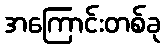
အကြောင်းတစ်ခု